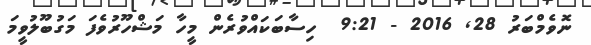
ނޮވެމްބަރު 28